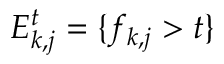
E _ { k , j } ^ { t } = \{ f _ { k , j } > t \}